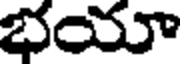
భయా